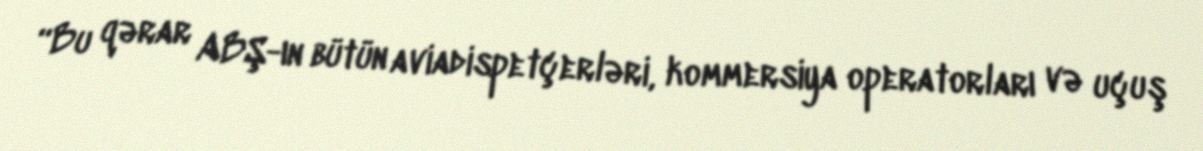
“Bu qərar ABŞ-ın bütün aviadispetçerləri, kommersiya operatorları və uçuş